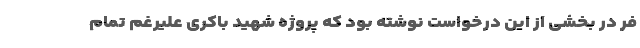
فر در بخشی از این درخواست نوشته بود که پروژه شهید باکری علیرغم تمام